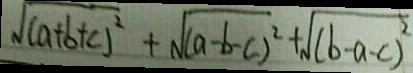
\sqrt { ( a + b + c ) ^ { 2 } } + \sqrt { ( a - b - c ) ^ { 2 } } + \sqrt { ( b - a - c ) ^ { 2 } }